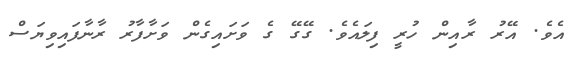
އެވެ. އޭރު ރާއިން ހުރީ ފިލައެވެ. ގޭގޭ ގެ ވަށައިގެން ވަށާފާރު ރާނާފައިވިޔަސް